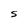
Character: S